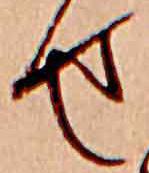
せ